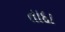
તાદા